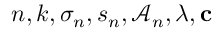
n , k , \sigma _ { n } , s _ { n } , \mathcal { A } _ { n } , \boldsymbol { \lambda } , \mathbf { c }